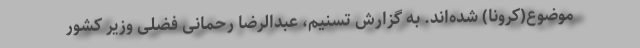
موضوع(کرونا) شده‌اند. به گزارش تسنیم، عبدالرضا رحمانی فضلی وزیر کشور